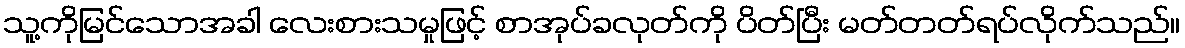
သူ့ကိုမြင်သောအခါ လေးစားသမှုဖြင့် စာအုပ်ခလုတ်ကို ပိတ်ပြီး မတ်တတ်ရပ်လိုက်သည်။